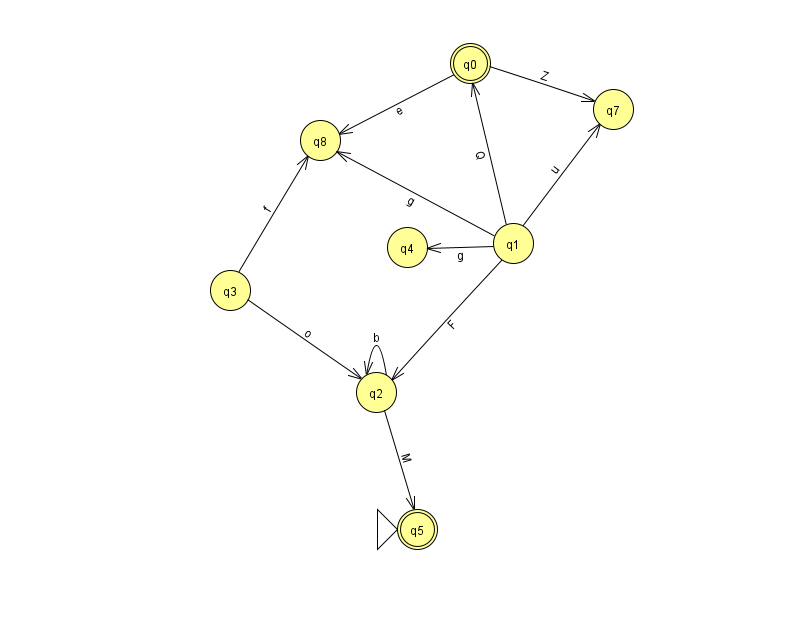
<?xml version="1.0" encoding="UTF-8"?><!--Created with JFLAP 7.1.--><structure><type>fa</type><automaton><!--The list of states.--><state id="0" name="q0"><x>470.0</x><y>50.0</y><final/></state><state id="1" name="q1"><x>513.0</x><y>230.0</y></state><state id="2" name="q2"><x>376.0</x><y>379.0</y></state><state id="3" name="q3"><x>230.0</x><y>277.0</y></state><state id="4" name="q4"><x>407.0</x><y>234.0</y></state><state id="5" name="q5"><x>417.0</x><y>516.0</y><initial/><final/></state><state id="7" name="q7"><x>613.0</x><y>96.0</y></state><state id="8" name="q8"><x>320.0</x><y>127.0</y></state><!--The list of transitions.--><transition><from>2</from><to>2</to><read>b</read></transition><transition><from>2</from><to>5</to><read>M</read></transition><transition><from>1</from><to>2</to><read>F</read></transition><transition><from>1</from><to>8</to><read>g</read></transition><transition><from>3</from><to>8</to><read>f</read></transition><transition><from>0</from><to>7</to><read>Z</read></transition><transition><from>1</from><to>7</to><read>u</read></transition><transition><from>0</from><to>8</to><read>e</read></transition><transition><from>3</from><to>2</to><read>o</read></transition><transition><from>1</from><to>0</to><read>Q</read></transition><transition><from>1</from><to>4</to><read>g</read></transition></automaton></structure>